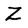
Character: Z